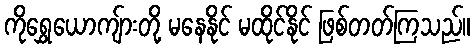
ကိုရွှေယောကျ်ားတို့ မနေနိုင် မထိုင်နိုင် ဖြစ်တတ်ကြသည်။